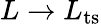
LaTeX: L\to L_{\mathrm{ts}}